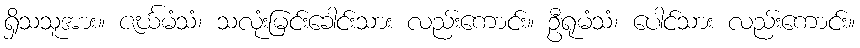
ရှိသသူအား။ ဇင်္ဃမံသံ၊ သလုံးမြင်းခေါင်းသား လည်းကောင်း။ ဦရုမံသံ၊ ပေါင်သား လည်းကောင်း။